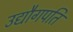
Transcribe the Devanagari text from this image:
उद्यौगपति